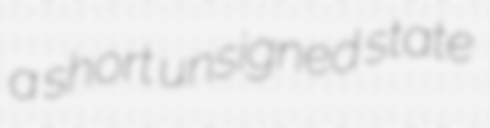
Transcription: a short unsigned state